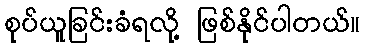
စုပ်ယူခြင်းခံရလို့ ဖြစ်နိုင်ပါတယ်။